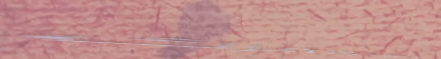
تأمين على السيارات والمرك